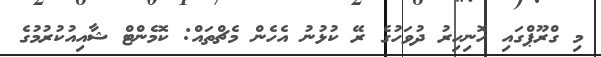
މި ގްރޫޕްގައި ހޮނިހިރު ދުވަހުގެ ރޭ ކުޅުނު އެހެން މެޗްތައް: ކޮމެންޓް ޝާއިއުކުރުމުގެ